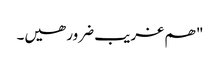
" ھم غریب ضرور ھیں۔